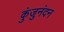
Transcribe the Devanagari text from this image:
कुंजुनंदन